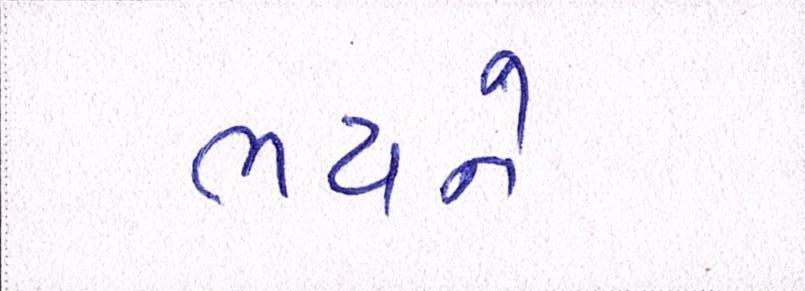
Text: ભયને